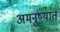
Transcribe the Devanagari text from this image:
अमनुष्यांत